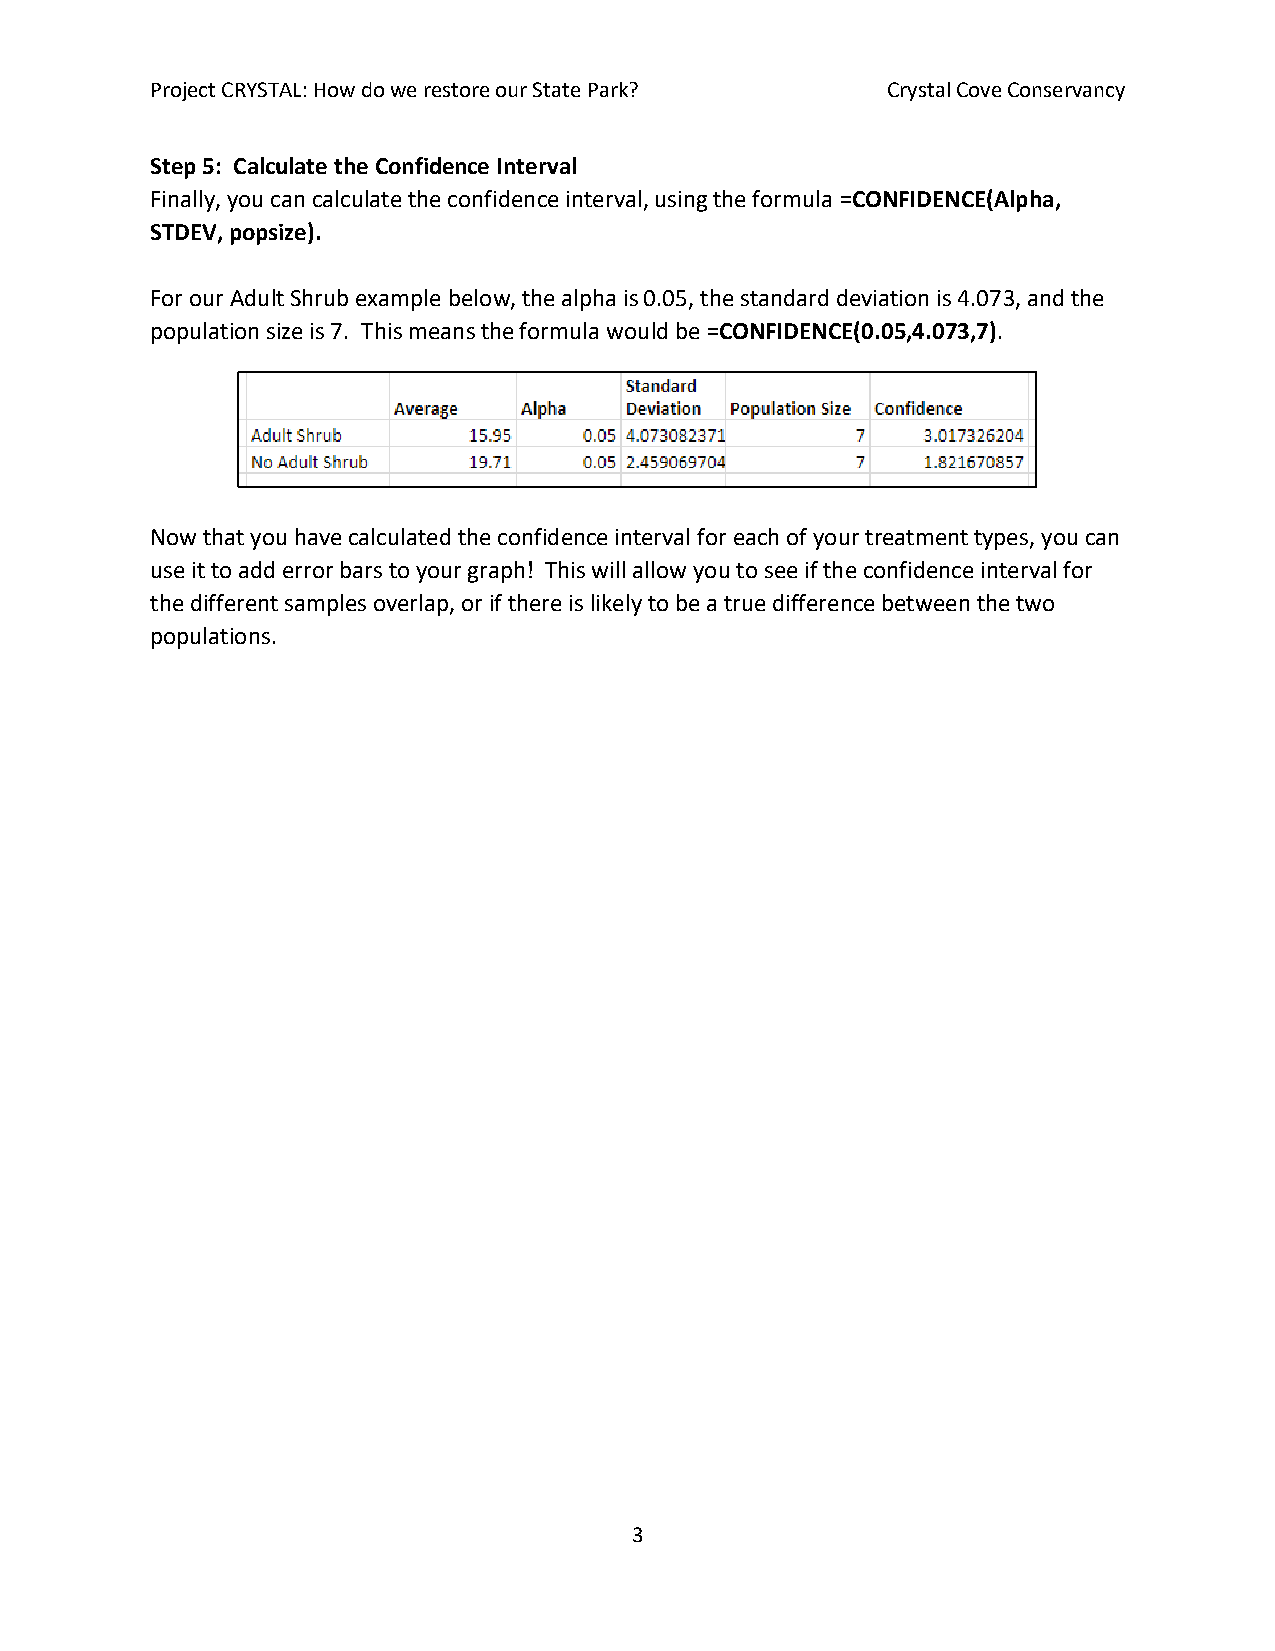
Project CRYSTAL: How do we restore our State Park? Crystal Cove Conservancy
 Step 5: Calculate the Confidence Interval
 Finally, you can calculate the confidence interval, using the formula =CONFIDENCE(Alpha,
 STDEV, popsize).
 For our Adult Shrub example below, the alpha is 0.05, the standard deviation is 4.073, and the
 population size is 7. This means the formula would be =CONFIDENCE(0.05,4.073,7).
 Now that you have calculated the confidence interval for each of your treatment types, you can
 use it to add error bars to your graph! This will allow you to see if the confidence interval for
 the different samples overlap, or if there is likely to be a true difference between the two
 populations.
 3